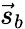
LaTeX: {\vec{s}}_{b}